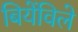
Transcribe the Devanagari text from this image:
बियेंविले